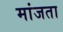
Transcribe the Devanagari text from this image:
मांजता